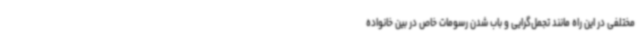
مختلفی در این راه مانند تجمل‌گرایی و باب شدن رسومات خاص در بین خانواده